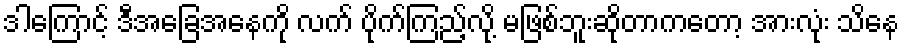
ဒါကြောင့် ဒီအခြေအနေကို လက် ပိုက်ကြည့်လို့ မဖြစ်ဘူးဆိုတာကတော့ အားလုံး သိနေ